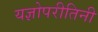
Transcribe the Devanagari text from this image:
यज्ञोपरीतिनी